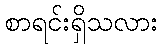
စာရင်းရှိသလား